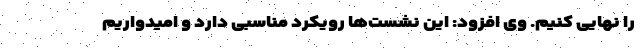
را نهایی کنیم. وی افزود: این نشست‌ها رویکرد مناسبی دارد و امیدواریم